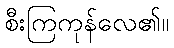
စီးကြကုန်လေ၏။